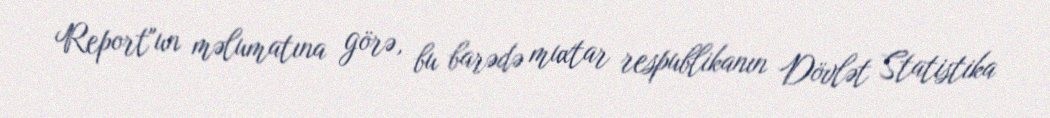
Report"un məlumatına görə, bu barədə muxtar respublikanın Dövlət Statistika